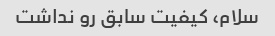
سلام، کیفیت سابق رو نداشت